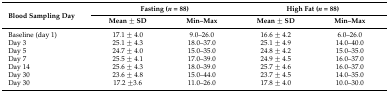
<table><thead><tr><td rowspan="2"><b>Blood Sampling Day</b></td><td colspan="2"><b>Fasting (<i>n</i> = 88)</b></td><td colspan="2"><b>High Fat (<i>n</i> = 88)</b></td></tr><tr><td><b>Mean ± SD</b></td><td><b>Min–Max</b></td><td><b>Mean ± SD</b></td><td><b>Min–Max</b></td></tr></thead><tbody><tr><td>Baseline (day 1)</td><td>17.1 ± 4.0</td><td>9.0–26.0</td><td>16.6 ± 4.2</td><td>6.0–26.0</td></tr><tr><td>Day 3</td><td>25.1 ± 4.3</td><td>18.0–37.0</td><td>25.1 ± 4.9</td><td>14.0–40.0</td></tr><tr><td>Day 5</td><td>24.7 ± 4.0</td><td>15.0–35.0</td><td>24.8 ± 4.2</td><td>15.0–35.0</td></tr><tr><td>Day 7</td><td>25.5 ± 4.1</td><td>17.0–39.0</td><td>24.9 ± 4.5</td><td>16.0–37.0</td></tr><tr><td>Day 14</td><td>25.6 ± 4.3</td><td>18.0–39.0</td><td>25.7 ± 4.6</td><td>16.0–37.0</td></tr><tr><td>Day 30</td><td>23.6 ± 4.8</td><td>15.0–44.0</td><td>23.7 ± 4.5</td><td>14.0–35.0</td></tr><tr><td>Day 30</td><td>17.2 ±3.6</td><td>11.0–26.0</td><td>17.8 ± 4.0</td><td>10.0–30.0</td></tr></tbody></table>